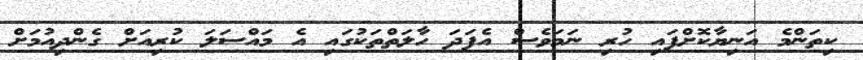
ކިތަންމެ އަނިޔާކޮށްފައި ހުރި ނަމަވެސް އެފަދަ ހާލަތްތަކުގައި އެ މައްސަލަ ކުރިއަށް ގެންދިއުމަށް